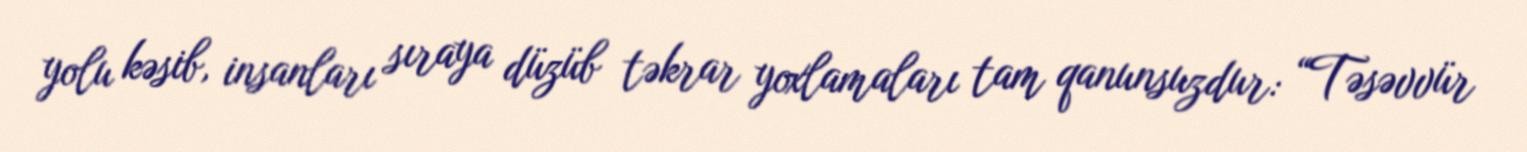
yolu kəsib, insanları sıraya düzüb təkrar yoxlamaları tam qanunsuzdur: “Təsəvvür